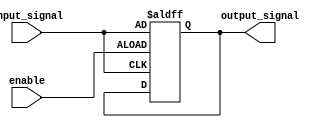
module ActiveHighBuffer (
    input wire input_signal,
    input wire enable,
    output reg output_signal
);

always @(posedge enable or posedge input_signal)
begin
    if (enable)
        output_signal <= input_signal;
end

endmodule